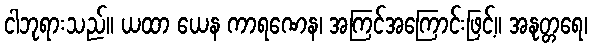
ငါဘုရားသည်။ ယထာ ယေန ကာရဏေန၊ အကြင်အကြောင်းဖြင့်။ အနုတ္တရေ၊